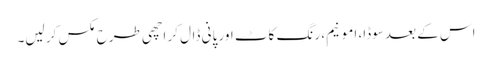
اس کے بعد سوڈا، امونیم، رنگ کاٹ اور پانی ڈال کر اچھی طرح مکس کر لیں۔